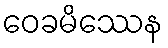
ဝေခမိဿေန